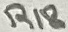
Text: R18